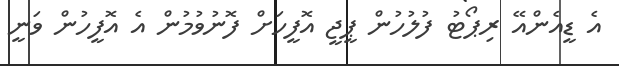
އެ ޑީއެންއޭ ރިޕޯޓު ފުލުހުން ޕީޖީ އޮފީހަށް ފޮނުވުމުން އެ އޮފީހުން ވަނީ